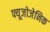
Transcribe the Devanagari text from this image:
फ्यूजोजेनिक